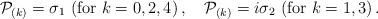
LaTeX: \begin{align*}{\cal P}_{(k)} = \sigma_1\ ({\rm for}\ k=0,2,4)\,, \quad{\cal P}_{(k)} = i\sigma_2\ ({\rm for}\ k=1,3)\,.\end{align*}